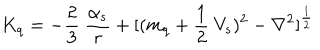
K _ { q } = - \frac { 2 } { 3 } ~ \frac { \alpha _ { s } } { r } + [ ( m _ { q } + \frac { 1 } { 2 } ~ V _ { s } ) ^ { 2 } - \nabla ^ { 2 } ] ^ { \frac { 1 } { 2 } } \nonumber